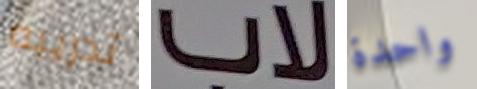
تدريبه لاب واحدة